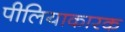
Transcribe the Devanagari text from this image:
पीलियाकारक